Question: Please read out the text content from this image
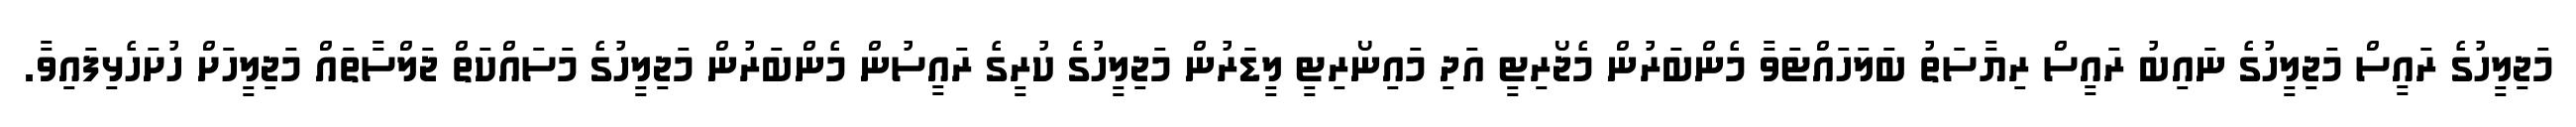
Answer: މަޖިލީހުގެ ރައީސް މަޖިލީހުގެ ނައިބު ރައީސް ރިޔާސަތު ބަލަހައްޓަވާ މެންބަރުން މެޖޯރިޓީ އަދި މައިނޯރިޓީ ލީޑަރުން މަޖިލީހުގެ ކުރީގެ ރައީސުން މެންބަރުން މަޖިލީހުގެ މަސައްކަތް ޖަލްސާތައް މަޖިލީހަށް ހުށަހެޅިފައިވާ.